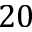
2 0